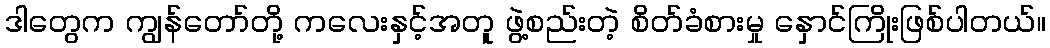
ဒါတွေက ကျွန်တော်တို့ ကလေးနှင့်အတူ ဖွဲ့စည်းတဲ့ စိတ်ခံစားမှု နှောင်ကြိုးဖြစ်ပါတယ်။